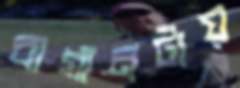
বাগানটায়